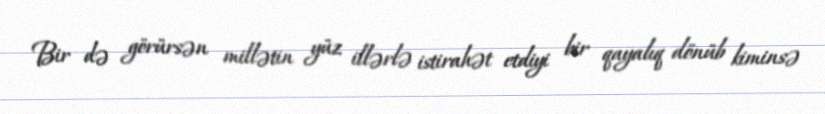
Bir də görürsən millətin yüz illərlə istirahət etdiyi bir qayalıq dönüb kiminsə